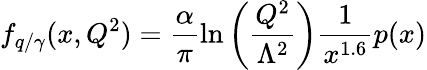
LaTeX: f_{q/\gamma}(x,Q^{2})=\frac{\alpha}{\pi}\ln\left(\frac{Q^{2}}{\Lambda^{2}}\right)\frac{1}{x^{1.6}}p(x)